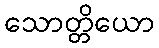
သောတ္တိယော